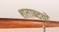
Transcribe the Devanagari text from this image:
शताब्दयों